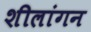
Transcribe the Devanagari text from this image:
शीलांगन